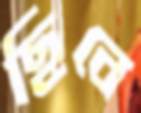
ছিবে